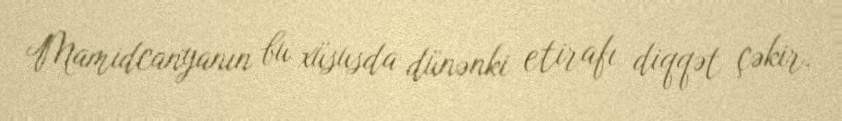
Mamidcanyanın bu xüsusda dünənki etirafı diqqət çəkir.